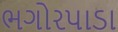
ભગોરપાડા